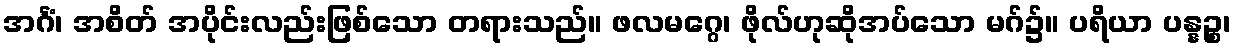
အင်္ဂံ၊ အစိတ် အပိုင်းလည်းဖြစ်သော တရားသည်။ ဖလမဂ္ဂေ၊ ဖိုလ်ဟုဆိုအပ်သော မဂ်၌။ ပရိယာ ပန္နဉ္စ၊